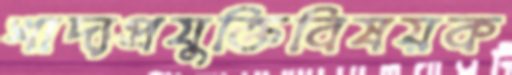
খাদ্যপ্রযুক্তিবিষয়ক